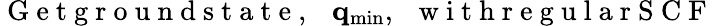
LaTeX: \mathrm{~G~e~t~g~r~o~u~n~d~s~t~a~t~e~,~~~}{\mathbf q}_{\mathrm{min}},\mathrm{~~~w~i~t~h~r~e~g~u~l~a~r~S~C~F~}